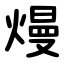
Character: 熳